Source: Handwritten
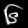
Digit: ၆ (6)